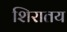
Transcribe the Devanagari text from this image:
शिरातय